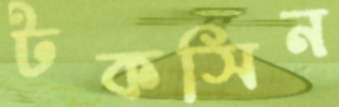
টকসিন